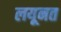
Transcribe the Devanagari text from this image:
लयूनत